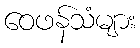
ဝေဖန်သံများ